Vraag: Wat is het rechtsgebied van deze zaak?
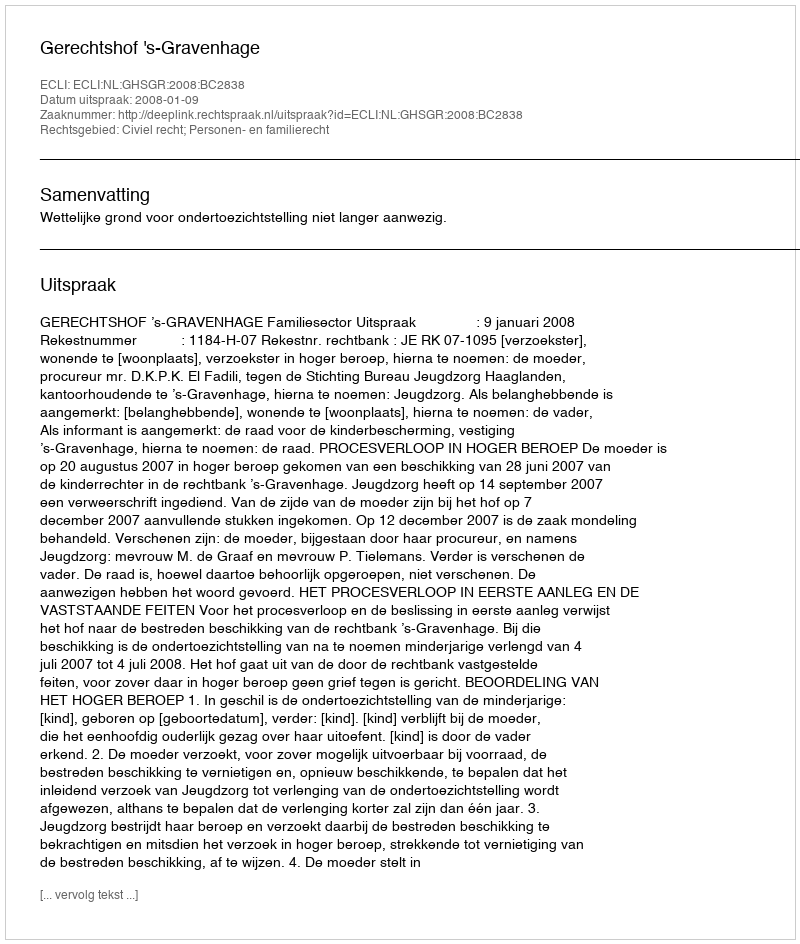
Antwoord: Civiel recht; Personen- en familierecht